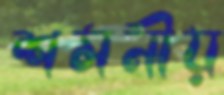
শমনীয়